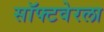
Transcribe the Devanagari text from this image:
सॉफ्टवेरला